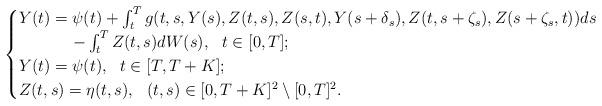
LaTeX: \begin{align*} \begin{cases} Y(t)=\psi(t) + \int_t^T g(t,s,Y(s),Z(t,s),Z(s,t),Y(s+\delta_{s}),Z(t,s+\zeta_{s}),Z(s+\zeta_{s},t)) ds \\ \ \ \ \ \ \ \ \ \ \ - \int_t^T Z(t,s) dW(s), \ \ t\in [0,T]; \\ Y(t)=\psi(t), \ \ t\in [T,T+K];\\Z(t,s)=\eta(t,s), \ \ (t,s)\in [0,T+K]^{2}\setminus [0,T]^{2}. \end{cases}\end{align*}